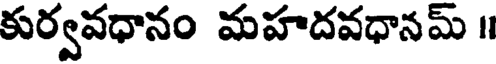
కుర్వవధానం మహదవధానమ్ ॥